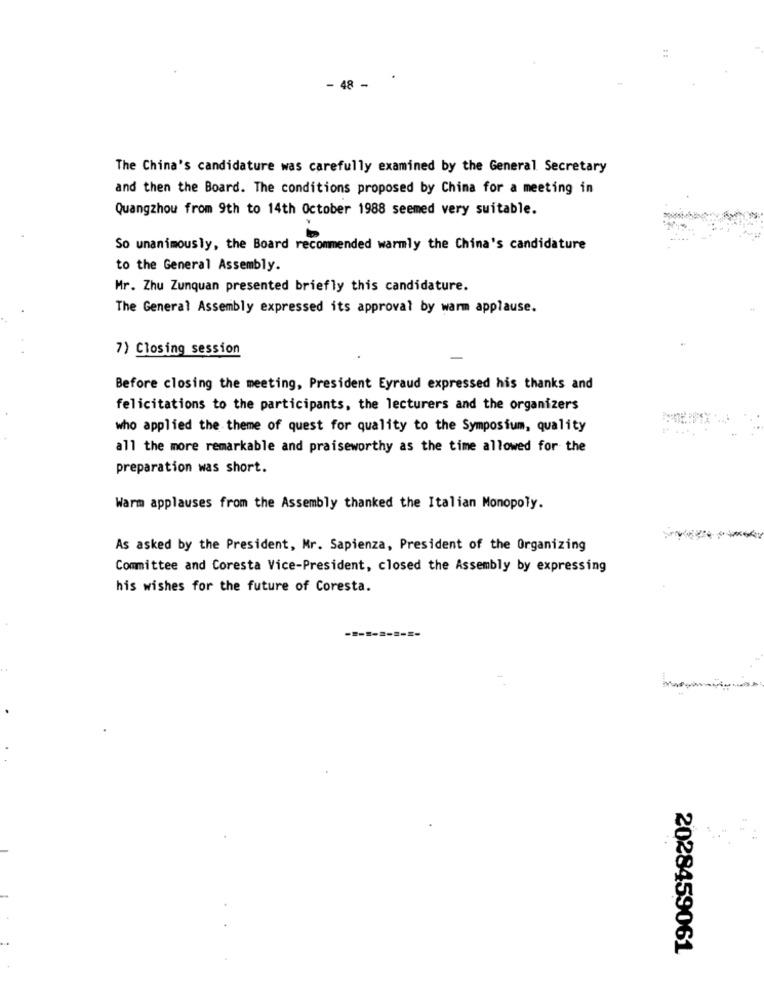
48 -
The China's candidature was carefully examined by the General Secretary
and then the Board. The conditions proposed by China for a meeting in
Quangzhou from 9th to 14th October 1988 seemed very suitable.
So unanimously, the Board recommended warmly the China's candidature
to the General Assembly.
Mr. Zhu Zunquan presented briefly this candidature.
The General Assembly expressed its approval by warm applause.
7) Closing session
Before closing the meeting, President Eyraud expressed his thanks and
felicitations to the participants, the lecturers and the organizers
who applied the theme of quest for quality to the Symposium, quality
all the more remarkable and praiseworthy as the time allowed for the
preparation was short.
Warm applauses from the Assembly thanked the Italian Monopoly.
As asked by the President, Mr. Sapienza, President of the Organizing
Committee and Coresta Vice-President, closed the Assembly by expressing
his wishes for the future of Coresta.
---
2028459061